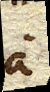
a